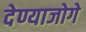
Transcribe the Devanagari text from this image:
देण्याजोगे